Indian journal of veterinary science and animal husbandry - Volume 10,
Year: 1940
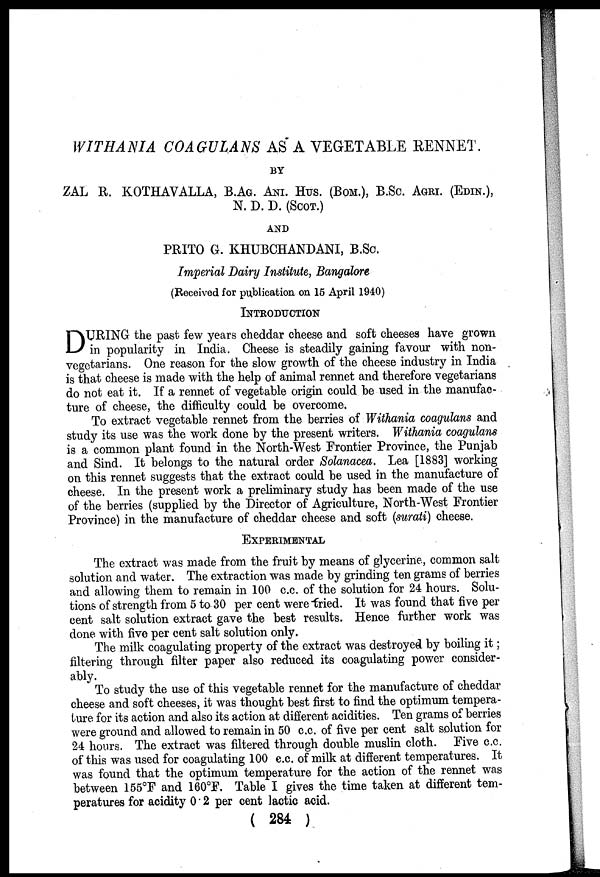
WITHANIA COAGULANS AS A VEGETABLE RENNET.
BY
ZAL R. KOTHAVALLA, B.AG. ANI. HUS. (BOM.), B.Sc. AGRI. (EDIN.),
N. D. D. (SCOT.)
AND
PRITO G. KHUBCHANDANI, B.Sc.
Imperial Dairy Institute, Bangalore
(Received for publication on 15 April 1940)
INTRODUCTION
D URING the past few years cheddar cheese and soft cheeses have grown
in popularity in India. Cheese is steadily gaining favour with non-
vegetarians. One reason for the slow growth of the cheese industry in India
is that cheese is made with the help of animal rennet and therefore vegetarians
do not eat it. If a rennet of vegetable origin could be used in the manufac-
ture of cheese, the difficulty could be overcome.
To extract vegetable rennet from the berries of Withania coagulans and
study its use was the work done by the present writers. Withania coagulans
is a common plant found in the North-West Frontier Province, the Punjab
and Sind. It belongs to the natural order Solanacea. Lea [1883] working
on this rennet suggests that the extract could be used in the manufacture of
cheese. In the present work a preliminary study has been made of the use
of the berries (supplied by the Director of Agriculture, North-West Frontier
Province) in the manufacture of cheddar cheese and soft (surati) cheese.
EXPERIMENTAL
The extract was made from the fruit by means of glycerine, common salt
solution and water. The extraction was made by grinding ten grams of berries
and allowing them to remain in 100 c.c. of the solution for 24 hours. Solu-
tions of strength from 5 to 30 per cent were tried. It was found that five per
cent salt solution extract gave the best results. Hence further work was
done with five per cent salt solution only.
The milk coagulating property of the extract was destroyed by boiling it;
filtering through filter paper also reduced its coagulating power consider-
ably.
To study the use of this vegetable rennet for the manufacture of cheddar
cheese and soft cheeses, it was thought best first to find the optimum tempera-
ture for its action and also its action at different acidities. Ten grams of berries
were ground and allowed to remain in 50 c.c. of five per cent salt solution for
24 hours. The extract was filtered through double muslin cloth. Five c.c.
of this was used for coagulating 100 c.c. of milk at different temperatures. It
was found that the optimum temperature for the action of the rennet was
between 155°F and 160°F. Table I gives the time taken at different tem-
peratures for acidity 0.2 per cent lactic acid.
( 284 )